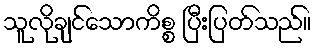
သူလိုချင်သောကိစ္စ ပြီးပြတ်သည်။